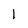
Character: 1